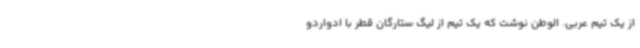
از یک تیم عربی. الوطن نوشت که یک تیم از لیگ ستارگان قطر با ادواردو